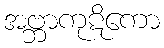
အဗ္ဘာကုဋိကော